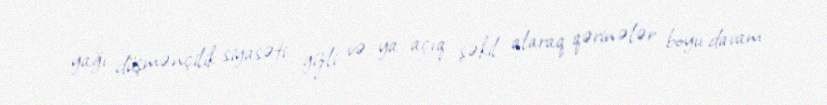
yağı düşmənçilik siyasəti gizli və ya açıq şəkil alaraq qərinələr boyu davam